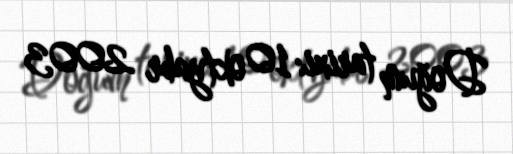
Doğum tarixi: 10 oktyabr 2003